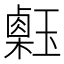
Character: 𤪇